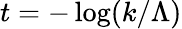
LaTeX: t=-\log(k/\Lambda)